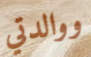
ووالدتي